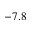
- 7 . 8